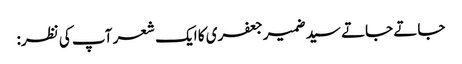
جاتے جاتے سیدضمیرجعفری کا ایک شعر آپ کی نظر: